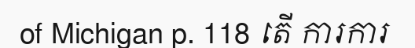
of Michigan p. 118 តើ ការការ